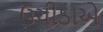
ઉચીડાએ